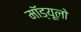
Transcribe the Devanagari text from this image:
मॉड्यूलो